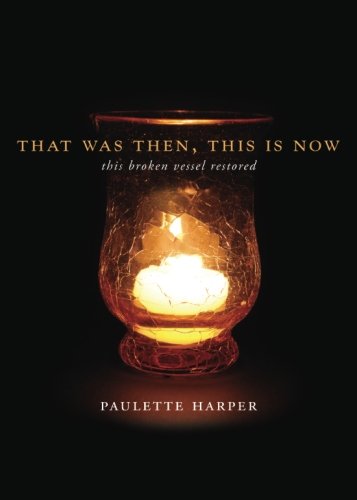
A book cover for That Was Then, This Is Now: This Broken Vessel Restored; Paulette Harper; Religion & Spirituality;